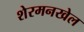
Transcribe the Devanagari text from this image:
शेरमनखेल